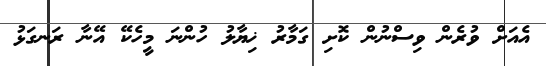
އެއަށް ވުރެން ވިސްނުން ކޮށި ގަމާރު ޚިޔާލު ހުންނަ މީހެކޭ އޭނާ ރަނގަޅު